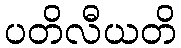
ပတိလီယတိ